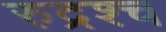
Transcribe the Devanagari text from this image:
रुद्रश्च